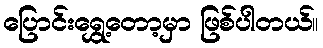
ပြောင်းရွှေ့တော့မှာ ဖြစ်ပါတယ်။